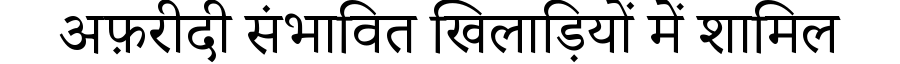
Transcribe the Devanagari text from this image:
अफ़रीदी संभावित खिलाड़ियों में शामिल